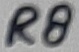
Text: R8